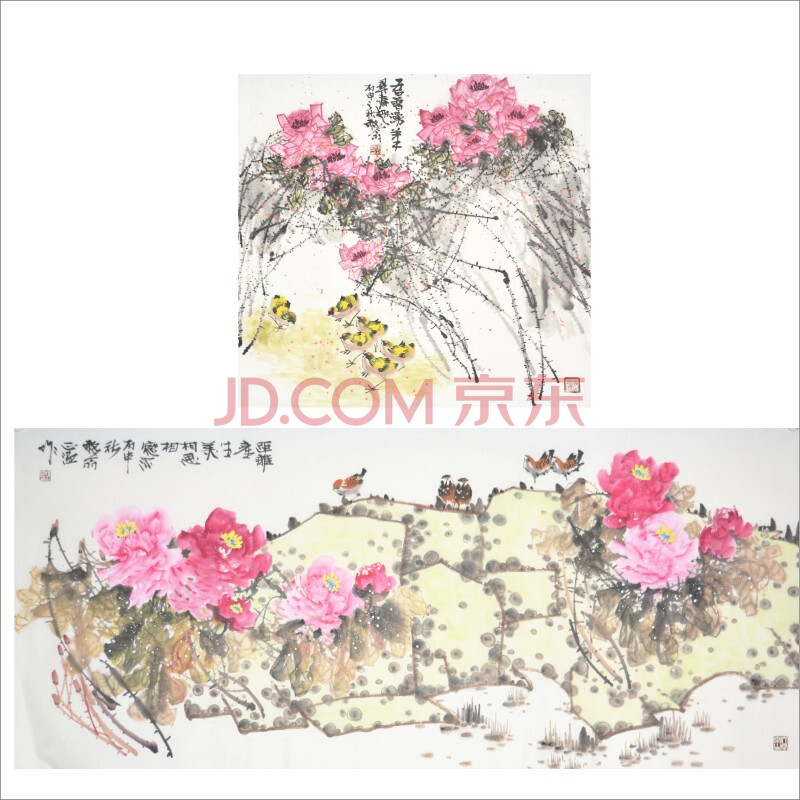
相思不作勤书礼，别后吾言在订顽。